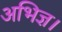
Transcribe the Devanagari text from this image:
अभिज्ञ।